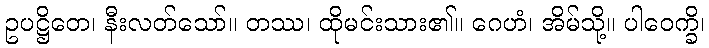
ဥပဋ္ဌိတေ၊ နီးလတ်သော်။ တဿ၊ ထိုမင်းသား၏။ ဂေဟံ၊ အိမ်သို့။ ပါဝေက္ခိ၊